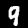
Label: 9